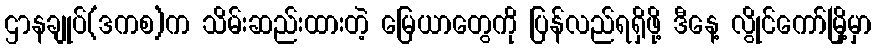
ဌာနချုပ်(ဒကစ)က သိမ်းဆည်းထားတဲ့ မြေယာတွေကို ပြန်လည်ရရှိဖို့ ဒီနေ့ လွိုင်ကော်မြို့မှာ